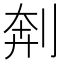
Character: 𫦃